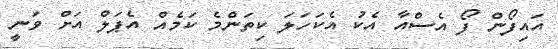
އައިފޯން ފޯ އެސްއާ އެކު އެކަހަލަ ކިތަންމެ ކަމެއް އެޕަލް އަށް ވަނީ